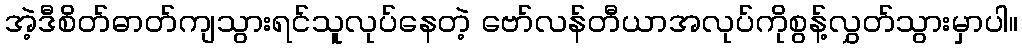
အဲ့ဒီစိတ်ဓာတ်ကျသွားရင်သူလုပ်နေတဲ့ ဗော်လန်တီယာအလုပ်ကိုစွန့်လွှတ်သွားမှာပါ။